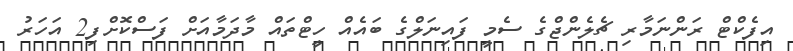
އިފެކްޓް ރަންނަމާރި ޗެލެންޖްގެ ސެމީ ފައިނަލްގެ ބައެއް ހީޓްތައް މާދަމާއަށް ފަސްކޮށްފި2 އަހަރު